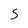
Character: S